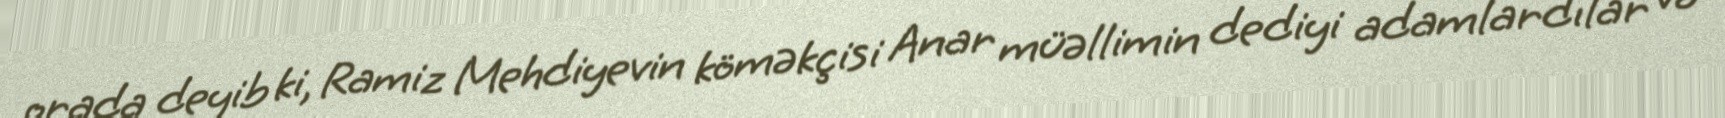
orada deyib ki, Ramiz Mehdiyevin köməkçisi Anar müəllimin dediyi adamlardılar və